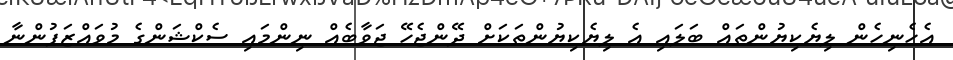
އެހެނިހެން ލިޔެކިޔުންތައް ބަލައި އެ ލިޔެކިޔުންތަކަށް ދޭންޖެހޭ ޖަވާބެއް ނިންމައި ސެކްޝަންގެ މުވައްޒަފުންނާ